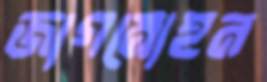
জাগমোহন